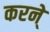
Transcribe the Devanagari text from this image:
करने्